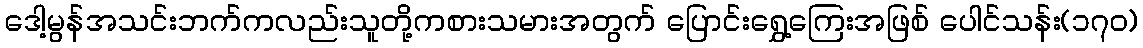
ဒေါ့မွန်အသင်းဘက်ကလည်းသူတို့ကစားသမားအတွက် ပြောင်းရွှေ့ကြေးအဖြစ် ပေါင်သန်း(၁၇၀)